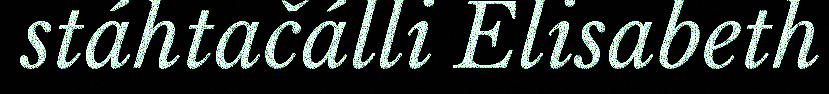
stáhtačálli Elisabeth